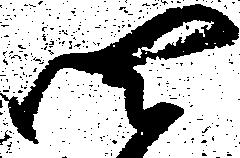
四